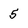
Character: 5